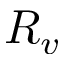
R _ { v }